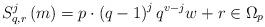
LaTeX: \begin{align*}S^j_{q,r}\left( m \right) = p\cdot \left( q- 1 \right)^j q^{v-j} w +r \in \Omega_p\end{align*}